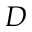
D